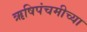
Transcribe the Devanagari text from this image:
ऋषिपंचमीच्या